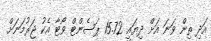
އަދި ތިން ވަނަ އަށް ދިޔައީ 15.72 ޕަސެންޓް ވޯޓާ އެކު ޖަރުމަނަށް